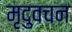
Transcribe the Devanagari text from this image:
मृदुवचन